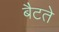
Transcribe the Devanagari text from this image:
बैटते